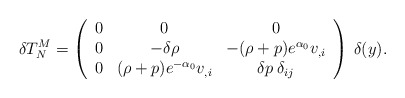
\begin{align*}\delta T^M_N = \left(\begin{array}{ccc}0 & 0 & 0 \\0 & -\delta \rho & -(\rho+p)e^{\alpha_0} v_{,i} \\0 & (\rho+p)e^{-\alpha_0} v_{,i} & \delta p \: \delta_{ij}\\\end{array}\right) \: \delta (y).\end{align*}